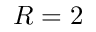
R = 2